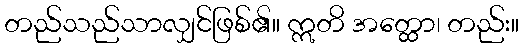
တည်သည်သာလျှင်ဖြစ်၏။ ဣတိ အတ္ထော၊ တည်း။